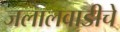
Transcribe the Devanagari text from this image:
जलालवाडीचे